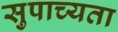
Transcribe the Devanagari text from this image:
सुपाच्यता